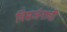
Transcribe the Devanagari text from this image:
विसर्जनाची